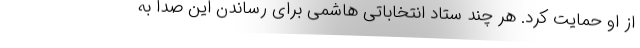
از او حمایت کرد. هر چند ستاد انتخاباتی هاشمی برای رساندن این صدا به